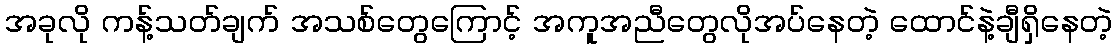
အခုလို ကန့်သတ်ချက် အသစ်တွေကြောင့် အကူအညီတွေလိုအပ်နေတဲ့ ထောင်နဲ့ချီရှိနေတဲ့